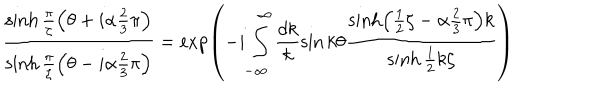
\frac { \sinh \frac { \pi } { \zeta } \left( \theta + i \alpha \frac { 2 } { 3 } \pi \right) } { \sinh \frac { \pi } { \zeta } \left( \theta - i \alpha \frac { 2 } { 3 } \pi \right) } = \exp \left( - i \int _ { - \infty } ^ { \infty } \frac { d k } { k } \sin k \theta \frac { \sinh \left( \frac { 1 } { 2 } \zeta - \alpha \frac { 2 } { 3 } \pi \right) k } { \sinh \frac { 1 } { 2 } k \zeta } \right)